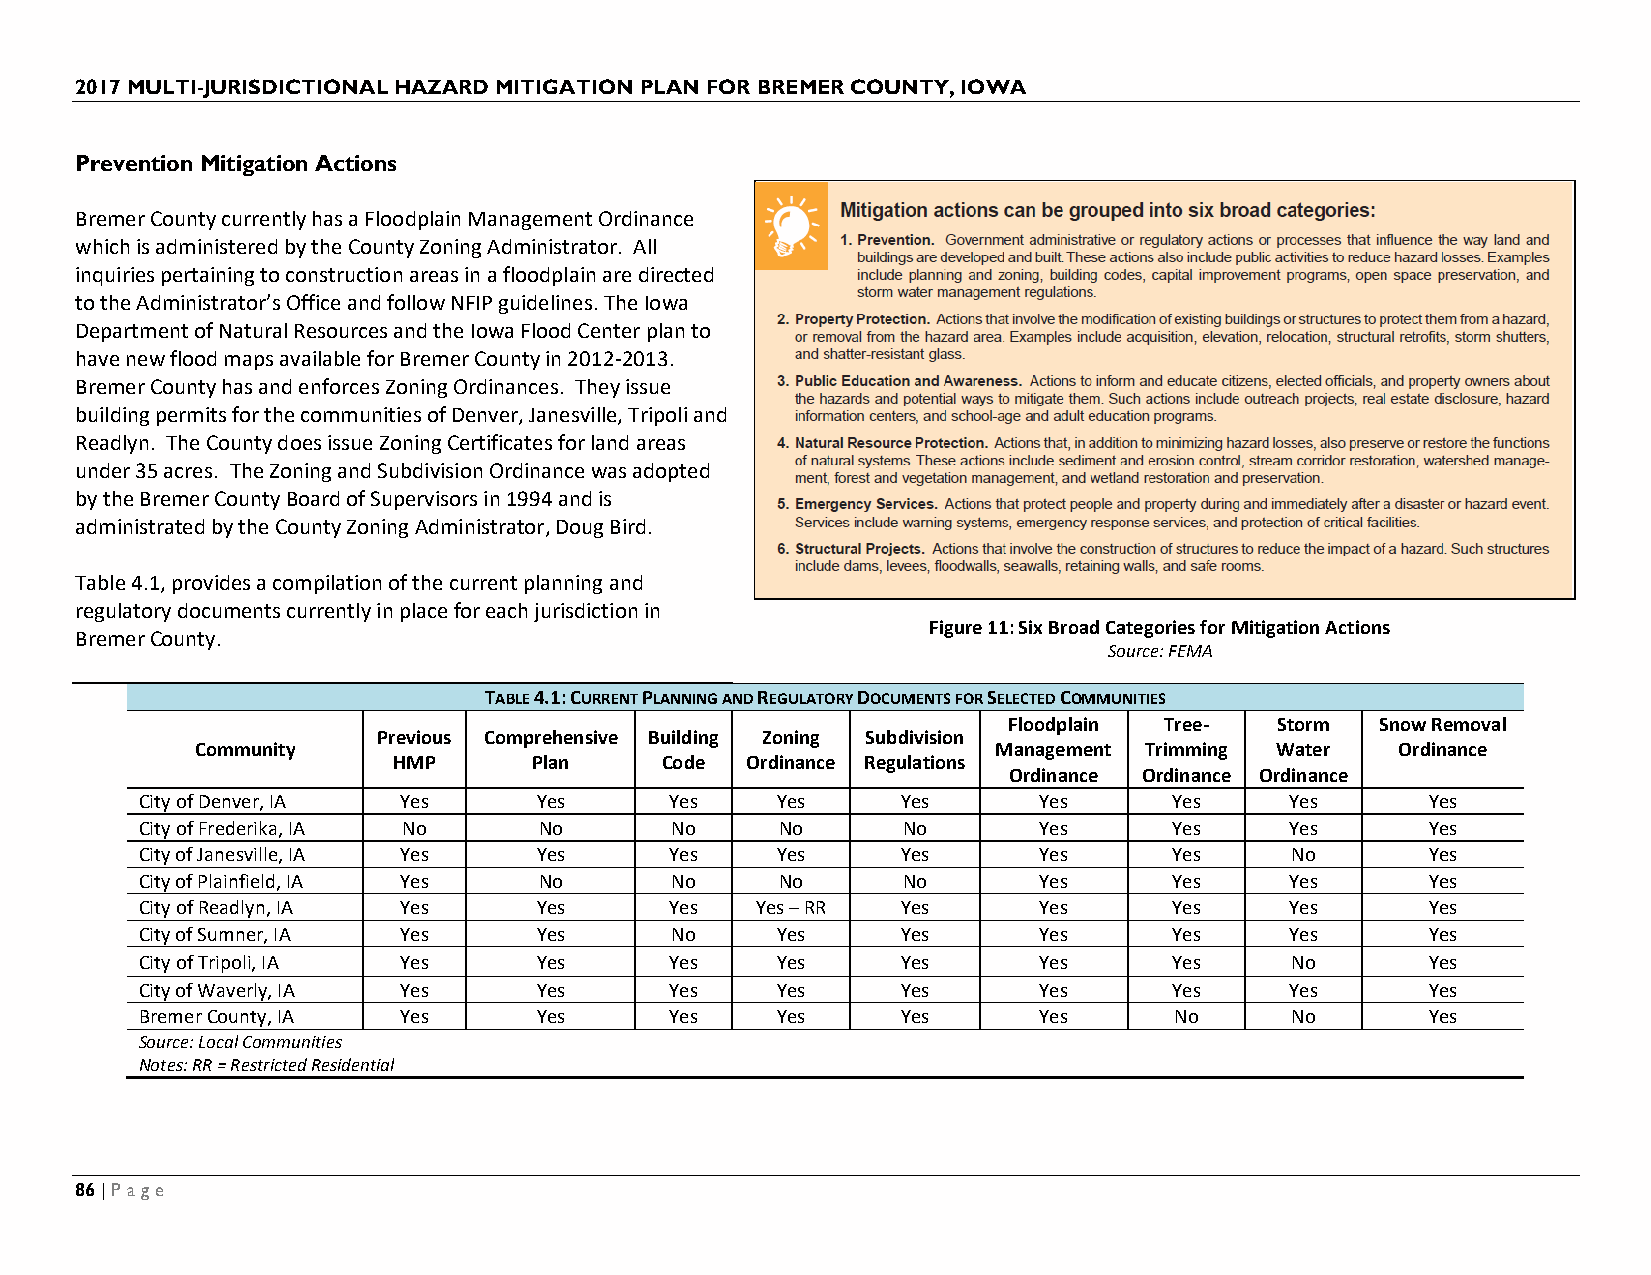
2017 MULTI-JURISDICTIONAL HAZARD MITIGATION PLAN FOR BREMER COUNTY, IOWA
 Prevention Mitigation Actions
 Bremer County currently has a Floodplain Management Ordinance
 which is administered by the County Zoning Administrator. All
 inquiries pertaining to construction areas in a floodplain are directed
 to the Administrator’s Office and follow NFIP guidelines. The Iowa
 Department of Natural Resources and the Iowa Flood Center plan to
 have new flood maps available for Bremer County in 2012-2013.
 Bremer County has and enforces Zoning Ordinances. They issue
 building permits for the communities of Denver, Janesville, Tripoli and
 Readlyn. The County does issue Zoning Certificates for land areas
 under 35 acres. The Zoning and Subdivision Ordinance was adopted
 by the Bremer County Board of Supervisors in 1994 and is
 administrated by the County Zoning Administrator, Doug Bird.
 Table 4.1, provides a compilation of the current planning and
 regulatory documents currently in place for each jurisdiction in
 Figure 11: Six Broad Categories for Mitigation Actions
 Bremer County.
 Source: FEMA
 TABLE 4.1: CURRENT PLANNING AND REGULATORY DOCUMENTS FOR SELECTED COMMUNITIES
 Floodplain Tree-  Storm Snow Removal
 Previous Comprehensive Building Zoning Subdivision
 Community                                            Management Trimming Water  Ordinance
 HMP      Plan     Code Ordinance Regulations
 Ordinance Ordinance Ordinance
 City of Denver, IA Yes     Yes     Yes    Yes      Yes      Yes      Yes    Yes       Yes
 City of Frederika, IA No   No      No      No      No       Yes      Yes    Yes       Yes
 City of Janesville, IA Yes Yes     Yes    Yes      Yes      Yes      Yes    No        Yes
 City of Plainfield, IA Yes No      No      No      No       Yes      Yes    Yes       Yes
 City of Readlyn, IA Yes    Yes     Yes   Yes – RR  Yes      Yes      Yes    Yes       Yes
 City of Sumner, IA Yes     Yes     No     Yes      Yes      Yes      Yes    Yes       Yes
 City of Tripoli, IA Yes    Yes     Yes    Yes      Yes      Yes      Yes    No        Yes
 City of Waverly, IA Yes    Yes     Yes    Yes      Yes      Yes      Yes    Yes       Yes
 Bremer County, IA Yes      Yes     Yes    Yes      Yes      Yes      No     No        Yes
 Source: Local Communities
 Notes: RR = Restricted Residential
 86 | Page